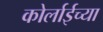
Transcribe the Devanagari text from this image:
कोर्लाईच्या